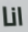
انا